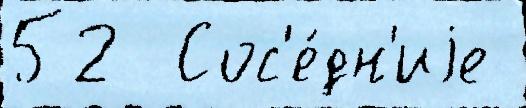
52  Сос'е́дн'иjе